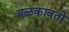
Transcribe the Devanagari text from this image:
बळकावतो